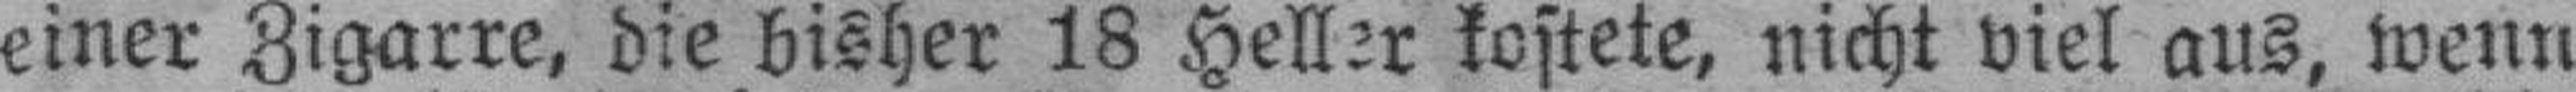
einer Zigarre, die bisher 18 Heller kostete, nicht viel aus, wenn